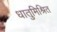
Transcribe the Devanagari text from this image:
धातुमिश्रित